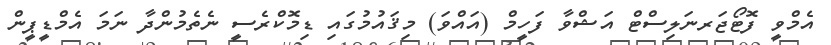
އެމްވީ ފޮޓޯޖަރނަލިސްޓް އަޝްވާ ފަހީމް (އައްވަ) މިޤައުމުގައި ޑިމޮކްރެސީ ނެތެމުންދާ ނަމަ އެމްޑީޕީން